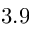
3 . 9